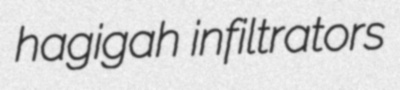
hagigah infiltrators